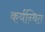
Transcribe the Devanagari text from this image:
कर्यन्वित